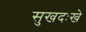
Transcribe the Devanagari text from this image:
सुखदःखे